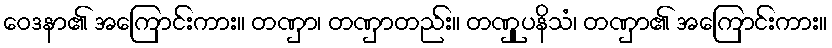
ဝေဒနာ၏ အကြောင်းကား။ တဏှာ၊ တဏှာတည်း။ တဏှူပနိသံ၊ တဏှာ၏ အကြောင်းကား။